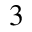
^ { 3 }